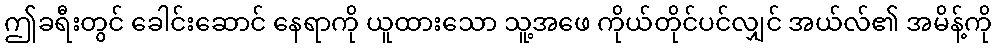
ဤခရီးတွင် ခေါင်းဆောင် နေရာကို ယူထားသော သူ့အဖေ ကိုယ်တိုင်ပင်လျှင် အယ်လ်၏ အမိန့်ကို